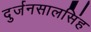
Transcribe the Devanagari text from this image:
दुर्जनसालसिंह